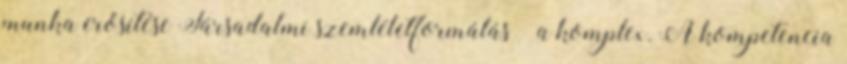
munka erősítése Társadalmi szemléletformálás – a komplex. A kompetencia